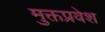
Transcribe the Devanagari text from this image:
मुक्तप्रवेश